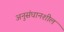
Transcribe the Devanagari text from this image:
अनुसंधानशील